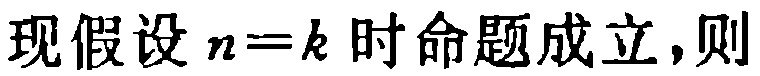
现假设 \(n = k\) 时命题成立,则